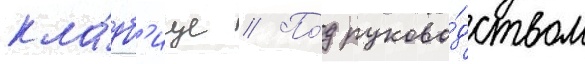
кла́дб'ище // По́д руково́дством